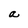
Character: a